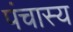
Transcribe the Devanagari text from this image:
पंचास्य